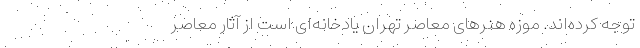
توجه کرده‌اند. موزه هنرهای معاصر تهران یادخانه‌ای است از آثار معاصر